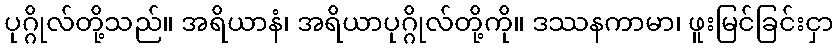
ပုဂ္ဂိုလ်တို့သည်။ အရိယာနံ၊ အရိယာပုဂ္ဂိုလ်တို့ကို။ ဒဿနကာမာ၊ ဖူးမြင်ခြင်းငှာ